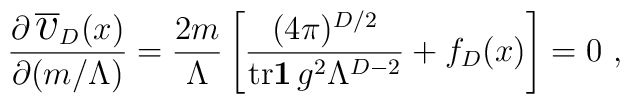
{\partial\,\overline{\mbox{\Large$v$}}_{D}(x)\over\partial(m/\Lambda)}={2m\over\Lambda}\left[{(4\pi)^{D/2}\over{\mathrm{tr}}{\bf1}\,g^{2}\Lambda^{D-2}}+f_{D}(x)\right]=0\ ,